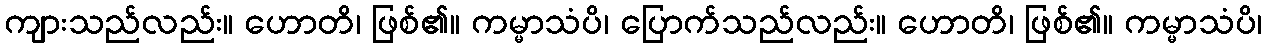
ကျားသည်လည်း။ ဟောတိ၊ ဖြစ်၏။ ကမ္မာသံပိ၊ ပြောက်သည်လည်း။ ဟောတိ၊ ဖြစ်၏။ ကမ္မာသံပိ၊